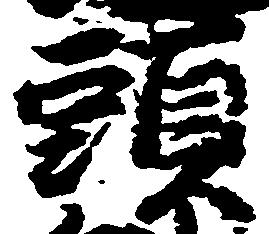
頭